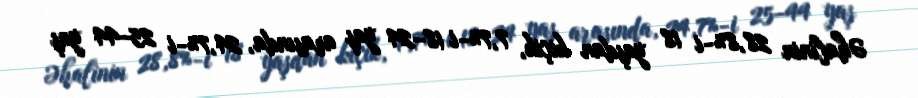
Əhalinin 28,8%-i 18 yaşdan kiçik, 7,7%-i 18–24 yaş arasında, 24,7%-i 25–44 yaş